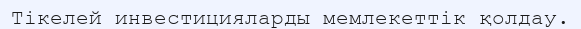
Тікелей инвестицияларды мемлекеттік қолдау.